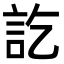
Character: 訖